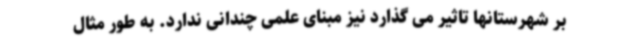
بر شهرستانها تاثیر می گذارد نیز مبنای علمی چندانی ندارد. به طور مثال